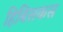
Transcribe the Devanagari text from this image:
हिबिसकस